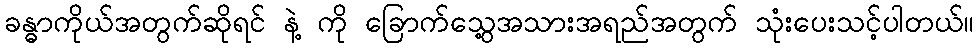
ခန္ဓာကိုယ်အတွက်ဆိုရင် နဲ့ ကို ခြောက်သွေ့အသားအရည်အတွက် သုံးပေးသင့်ပါတယ်။